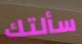
سألتك